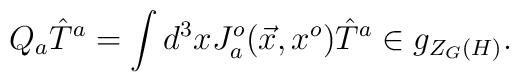
Q_a{\hat T}^a= \int d^3x J^o_a(\vec x,x^o){\hat T}^a \in g_{Z_G(H)}.